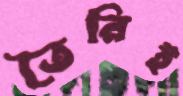
তৈরিই